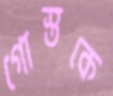
গোস্তকে